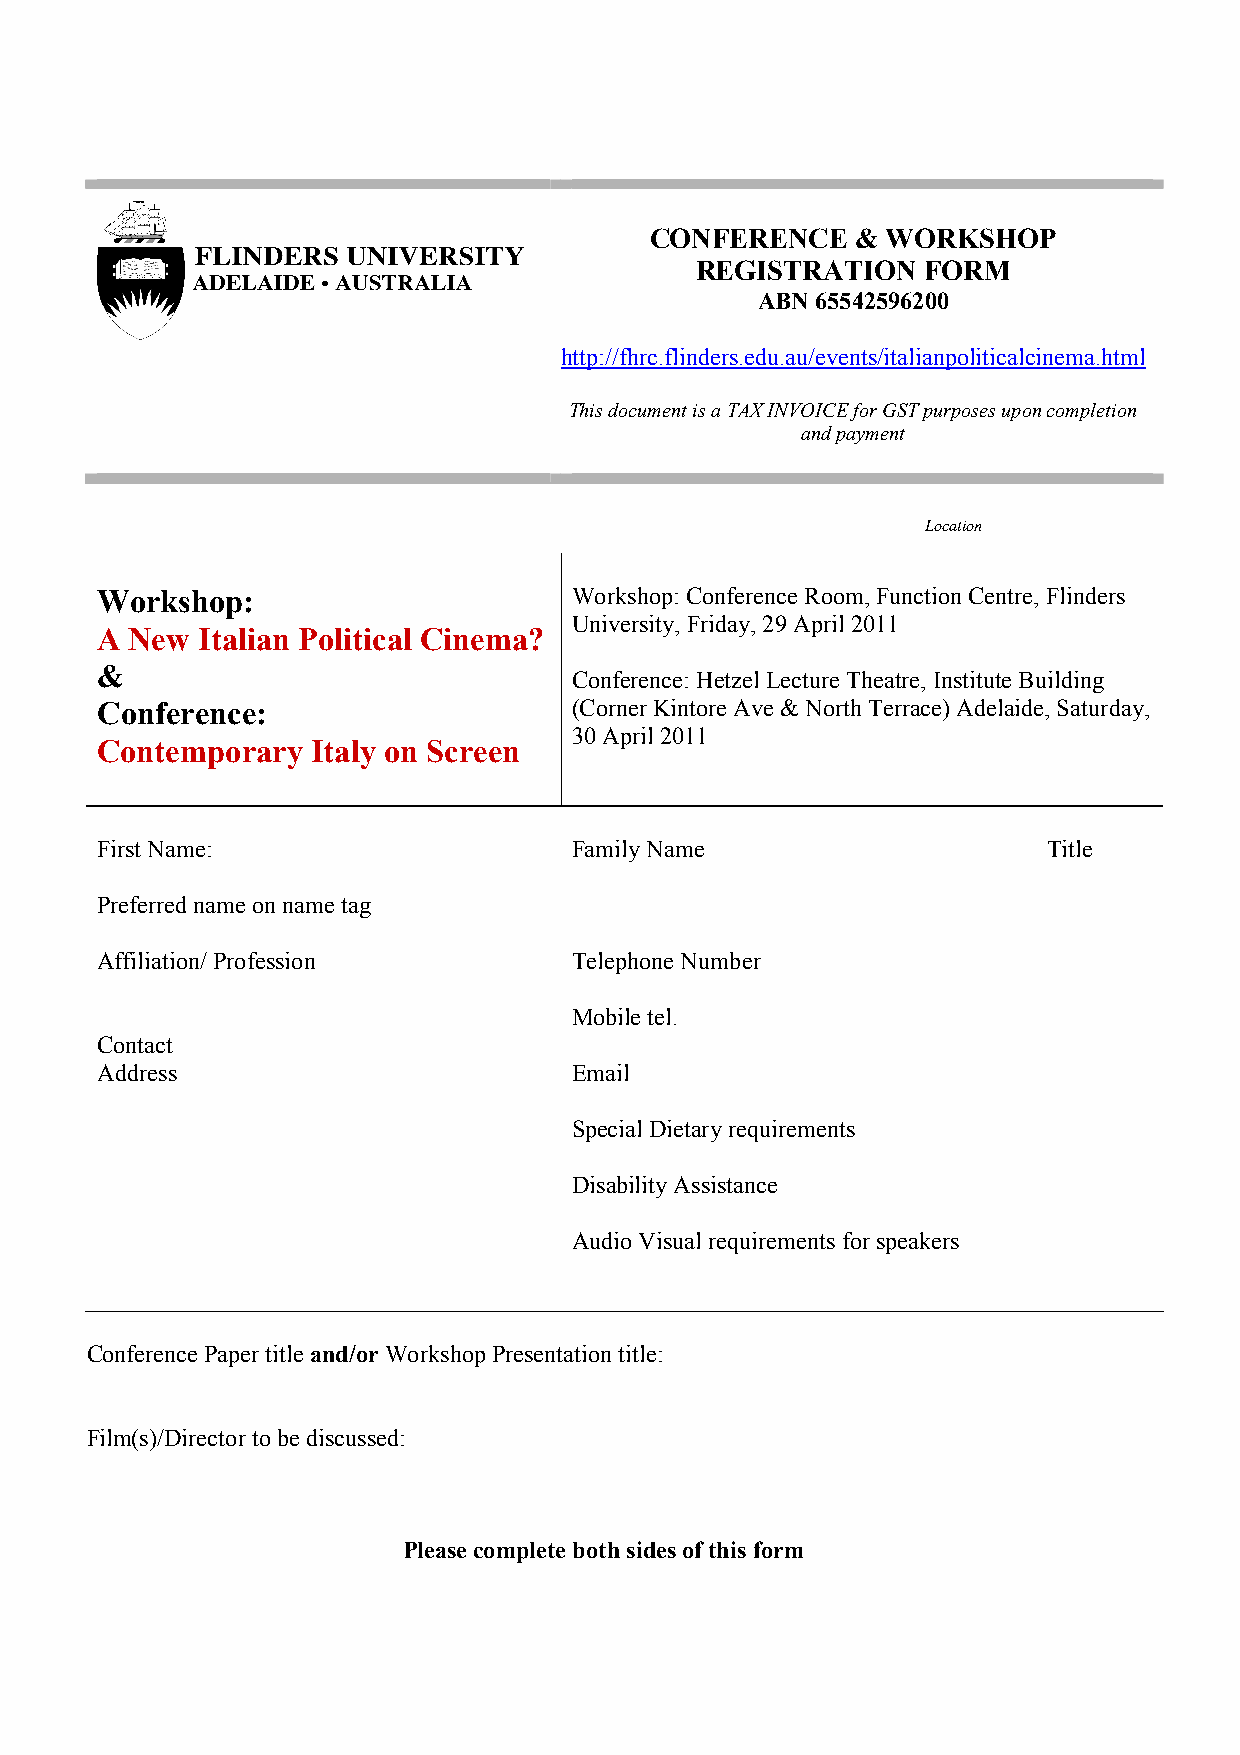
CONFERENCE    & WORKSHOP
 REGISTRATION   FORM
 ABN 65542596200
 http://fhrc.flinders.edu.au/events/italianpoliticalcinema.html
 This document is a TAX INVOICE for GST purposes upon completion
 and payment
 Location
 Workshop:                       Workshop: Conference Room, Function Centre, Flinders
 University, Friday, 29 April 2011
 A  New Italian Political Cinema?
 &
 Conference: Hetzel Lecture Theatre, Institute Building
 Conference:                     (Corner Kintore Ave & North Terrace) Adelaide, Saturday,
 30 April 2011
 Contemporary   Italy on Screen
 First Name:                     Family Name                    Title
 Preferred name on name tag
 Affiliation/ Profession         Telephone Number
 Mobile tel.
 Contact
 Address                         Email
 Special Dietary requirements
 Disability Assistance
 Audio Visual requirements for speakers
 Conference Paper title and/or Workshop Presentation title:
 Film(s)/Director to be discussed:
 Please complete both sides of this form